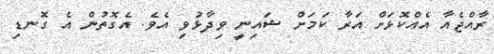
ރާއްޖެއާ އެއްކޮޅަށް އަރާ ކަމަށް ޝައިނީ ވިދާޅުވި އެވެ. އެގޮތުން އެ ގޮނޑި